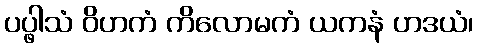
ပပ္ဖါသံ ဝိဟကံ ကိလောမကံ ယကနံ ဟဒယံ၊